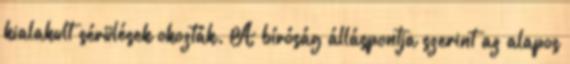
kialakult sérülések okozták. A bíróság álláspontja szerint az alapos